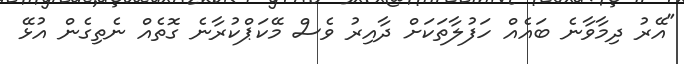
"އޭރު ދިމާވާނެ ބައެއް ހަފުލާތަކަށް ދާއިރު ވެސް މޭކަޕްކުރާނެ ގޮތެއް ނެތިގެން އުޅޭ